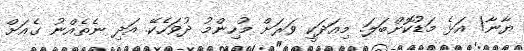
ޔާނާ! އަޅެ މަޑުކޮށްބަލަ. މިއަދަކީ ވަރަށް މުހިންމު ދުވަހެކޭ. އަދި ނެތެއްނު ގެއަށް